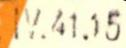
IV.41.05